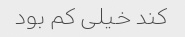
کند خیلی کم بود